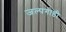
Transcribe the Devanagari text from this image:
जल्पगोष्ठी